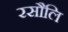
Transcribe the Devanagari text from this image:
रसौलि